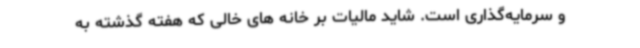
و سرمایه‌گذاری است. شاید مالیات بر خانه های خالی که هفته گذشته به